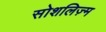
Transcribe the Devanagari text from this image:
सोशलिज़्म